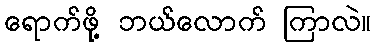
ရောက်ဖို့ ဘယ်လောက် ကြာလဲ။